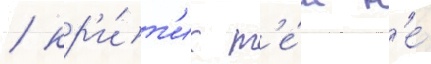
/ кр'и́т'ик т'е́м н'е́